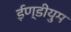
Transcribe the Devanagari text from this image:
ईण्डीयुम